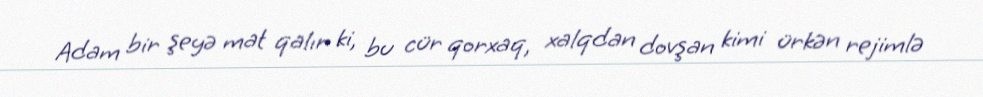
Adam bir şeyə mat qalır ki, bu cür qorxaq, xalqdan dovşan kimi ürkən rejimlə